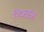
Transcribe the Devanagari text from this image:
रिफ्क्ज